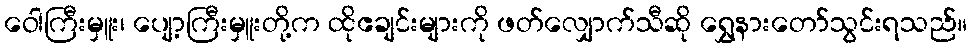
ဝေါကြီးမှူး၊ ပျော့ကြီးမှူးတို့က ထိုဧချင်းများကို ဖတ်လျှောက်သီဆို ရွှေနားတော်သွင်းရသည်။